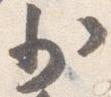
少